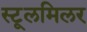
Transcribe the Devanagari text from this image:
स्टूलमिलर